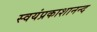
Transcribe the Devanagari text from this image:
स्वयंप्रकाशानन्द